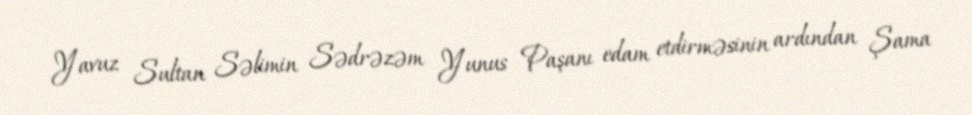
Yavuz Sultan Səlimin Sədrəzəm Yunus Paşanı edam etdirməsinin ardından Şama